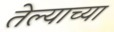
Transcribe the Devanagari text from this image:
तेल्याच्या